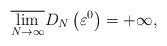
LaTeX: \begin{align*} \overline{\lim_{N\rightarrow \infty }}D_{N}\left( \varepsilon^0\right) =+\infty,\end{align*}